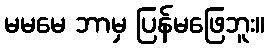
မမမေ ဘာမှ ပြန်မဖြေဘူး။